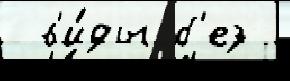
 в'и́ды б'ез